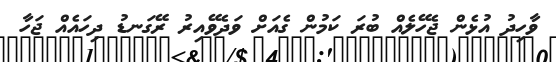
ވާހިދު އުޅެން ޖެހޭލެއް ބުރަ ކަމުން ގެއަށް ވަދެވޭއިރު ރޭގަނޑު ދިހައެއް ޖަހާ